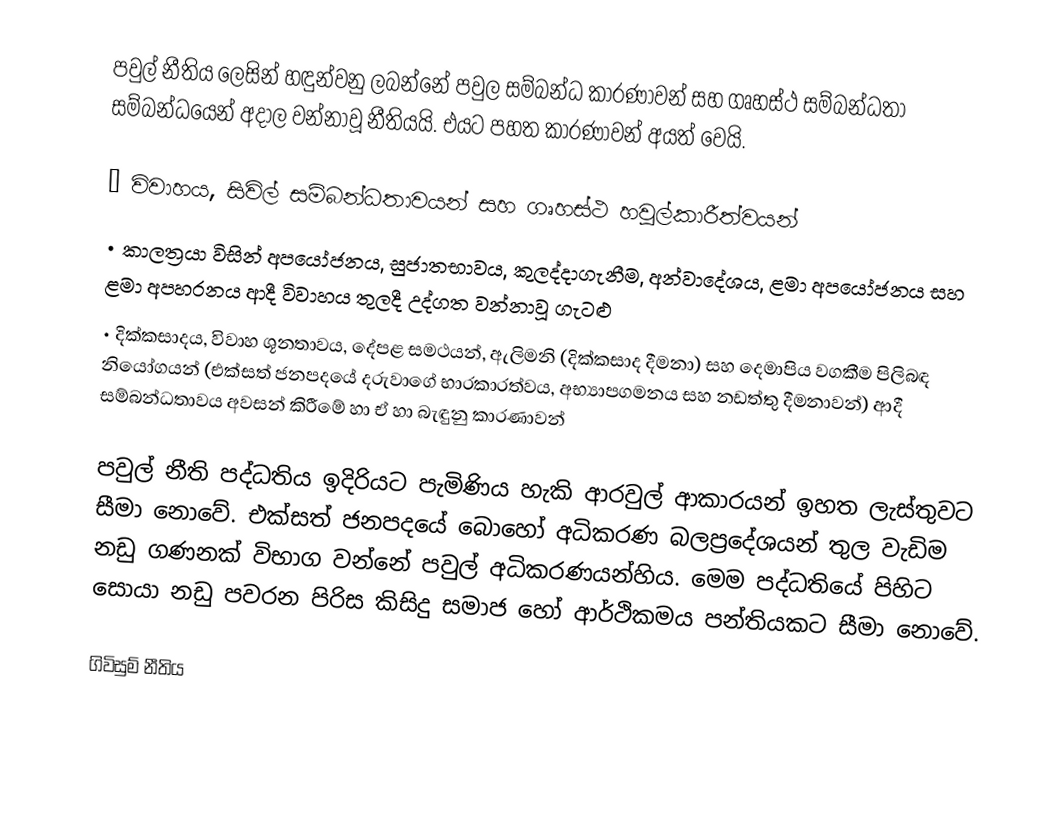
පවුල් නීතිය ලෙසින් හඳුන්වනු ලබන්නේ පවුල සම්බන්ධ කාරණාවන් සහ ගෘහස්ථ සම්බන්ධතා සම්බන්ධයෙන් අදාල වන්නාවූ නීතියයි. එයට පහත කාරණාවන් අයත් වෙයි.

• විවාහය, සිවිල් සම්බන්ධතාවයන් සහ ගෘහස්ථ හවුල්කාරීත්වයන්
• කාලත්‍රයා විසින් අපයෝජනය, සුජාතභාවය, කුලද්දාගැනීම, අන්වාදේශය, ළමා අපයෝජනය සහ ළමා අපහරනය ආදී විවාහය තුලදී උද්ගත වන්නාවූ ගැටළු
• දික්කසාදය, විවාහ ශූනතාවය, දේපළ සමථයන්, ඇලිමනි (දික්කසාද දීමනා) සහ දෙමාපිය වගකීම පිලිබඳ නියෝගයන් (එක්සත් ජනපදයේ දරුවාගේ භාරකාරත්වය, අභ්‍යාපගමනය සහ නඩත්තු දීමනාවන්) ආදී සම්බන්ධතාවය අවසන් කිරීමේ හා ඒ හා බැඳුනු කාරණාවන්

පවුල් නීති පද්ධතිය ඉදිරියට පැමිණිය හැකි ආරවුල් ආකාරයන් ඉහත ලැස්තුවට සීමා නොවේ. එක්සත් ජනපදයේ බොහෝ අධිකරණ බලප්‍රදේශයන් තුල වැඩිම නඩු ගණනක් විභාග වන්නේ පවුල් අධිකරණයන්හිය. මෙම පද්ධතියේ පිහිට සොයා නඩු පවරන පිරිස කිසිදු සමාජ හෝ ආර්ථිකමය පන්තියකට සීමා නොවේ.

ගිවිසුම් නීතිය